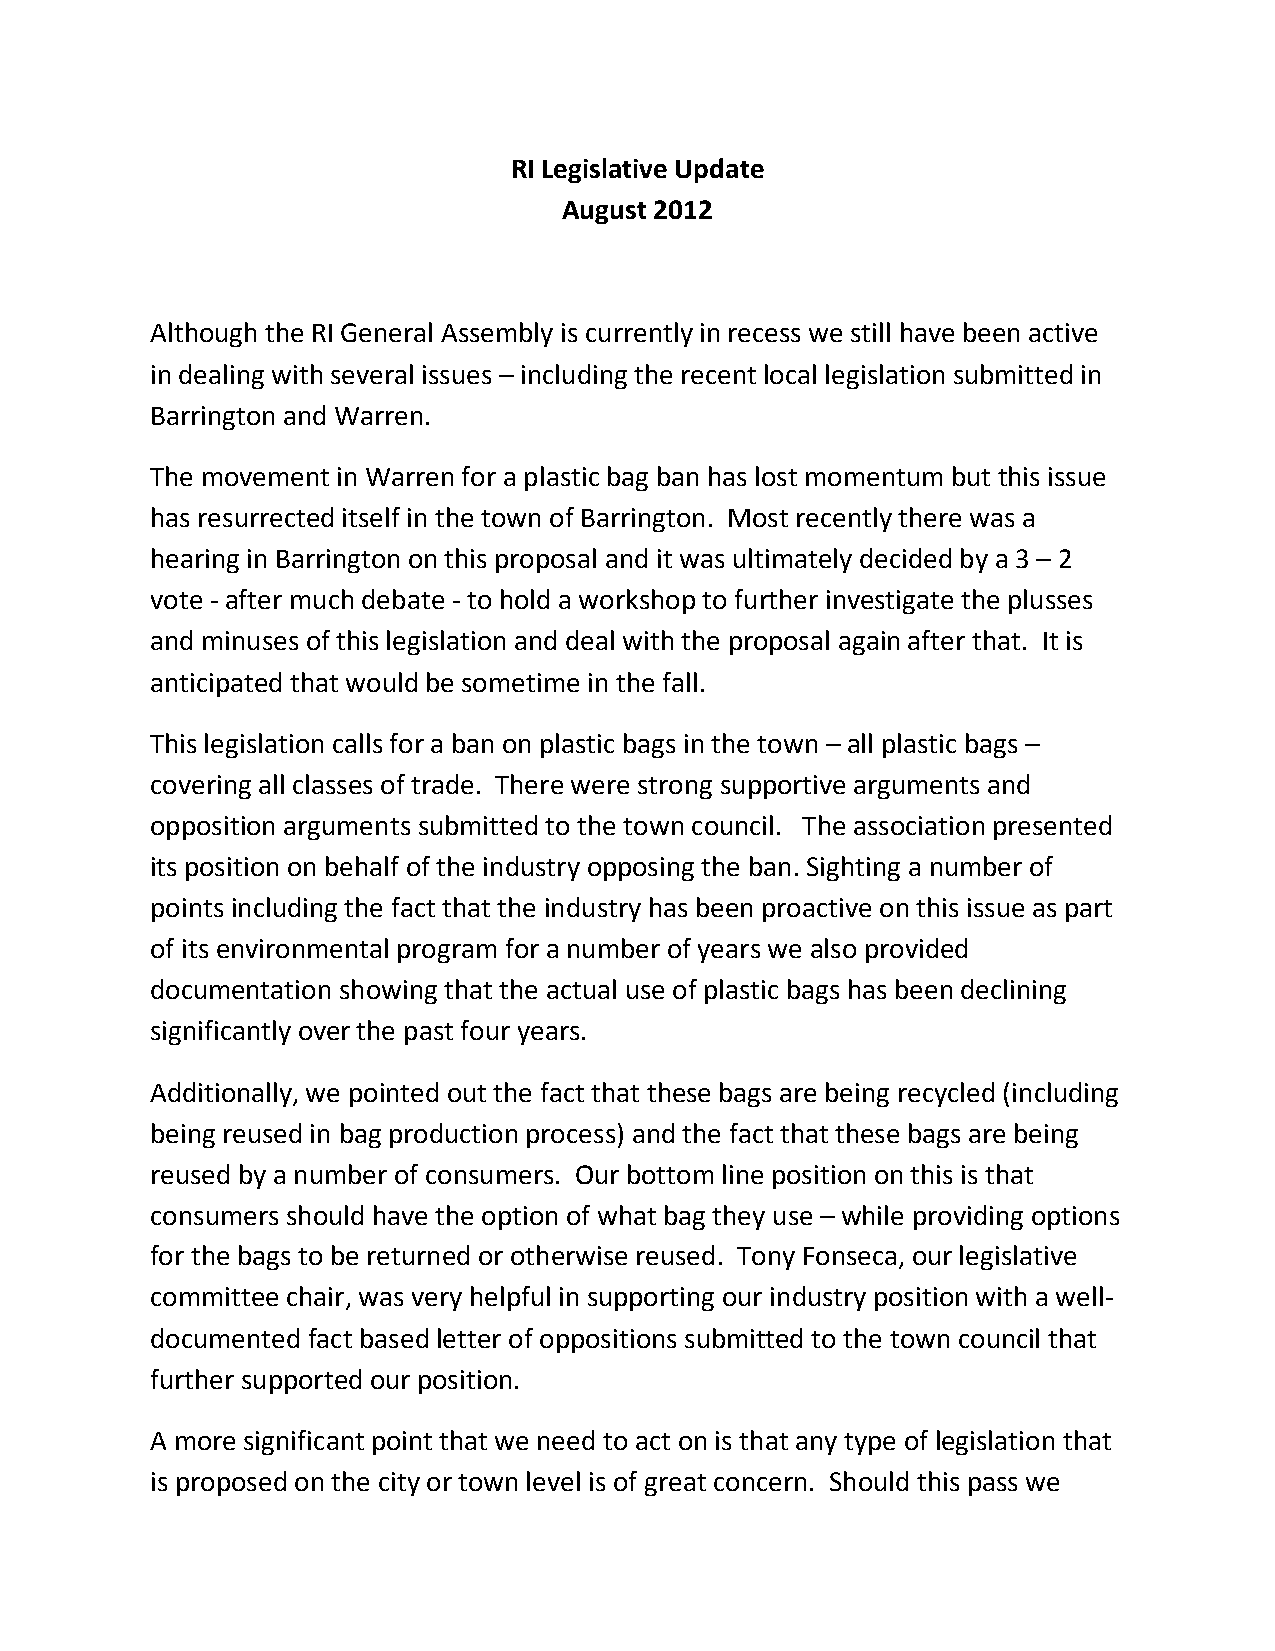
RI Legislative Update
 August 2012
 Although the RI General Assembly is currently in recess we still have been active
 in dealing with several issues – including the recent local legislation submitted in
 Barrington and Warren.
 The movement in Warren for a plastic bag ban has lost momentum but this issue
 has resurrected itself in the town of Barrington. Most recently there was a
 hearing in Barrington on this proposal and it was ultimately decided by a 3 – 2
 vote - after much debate - to hold a workshop to further investigate the plusses
 and minuses of this legislation and deal with the proposal again after that. It is
 anticipated that would be sometime in the fall.
 This legislation calls for a ban on plastic bags in the town – all plastic bags –
 covering all classes of trade. There were strong supportive arguments and
 opposition arguments submitted to the town council. The association presented
 its position on behalf of the industry opposing the ban. Sighting a number of
 points including the fact that the industry has been proactive on this issue as part
 of its environmental program for a number of years we also provided
 documentation showing that the actual use of plastic bags has been declining
 significantly over the past four years.
 Additionally, we pointed out the fact that these bags are being recycled (including
 being reused in bag production process) and the fact that these bags are being
 reused by a number of consumers. Our bottom line position on this is that
 consumers should have the option of what bag they use – while providing options
 for the bags to be returned or otherwise reused. Tony Fonseca, our legislative
 committee chair, was very helpful in supporting our industry position with a well-
 documented fact based letter of oppositions submitted to the town council that
 further supported our position.
 A more significant point that we need to act on is that any type of legislation that
 is proposed on the city or town level is of great concern. Should this pass we